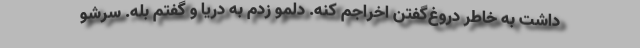
داشت به خاطر دروغ‌گفتن اخراجم کنه. دلمو زدم به دریا و گفتم بله. سرشو